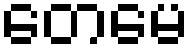
တေမေ